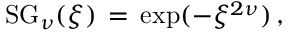
\begin{array} { l } { \displaystyle \mathrm { S G } _ { \nu } ( \xi ) \, = \, \exp ( - \xi ^ { 2 \nu } ) \, , } \end{array}